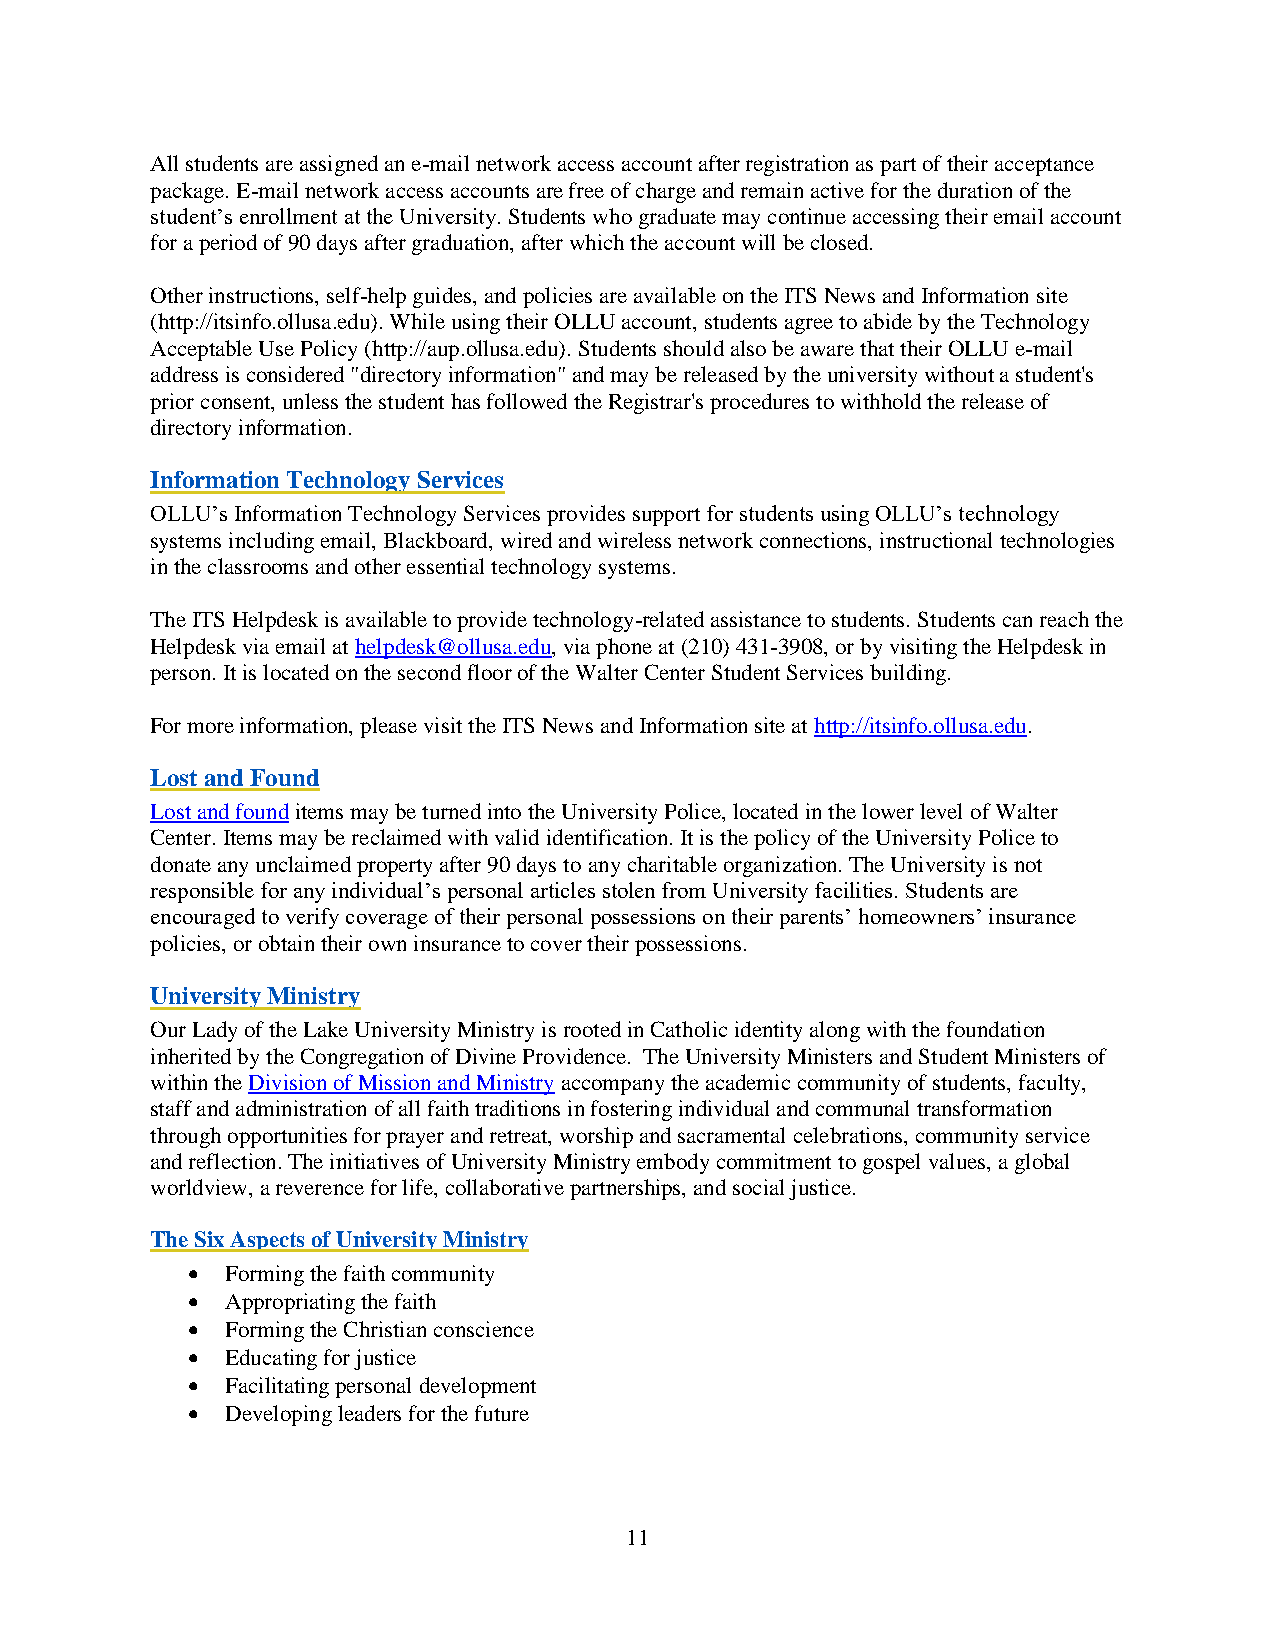
All students are assigned an e-mail network access account after registration as part of their acceptance
 package. E-mail network access accounts are free of charge and remain active for the duration of the
 student’s enrollment at the University. Students who graduate may continue accessing their email account
 for a period of 90 days after graduation, after which the account will be closed.
 Other instructions, self-help guides, and policies are available on the ITS News and Information site
 (http://itsinfo.ollusa.edu). While using their OLLU account, students agree to abide by the Technology
 Acceptable Use Policy (http://aup.ollusa.edu). Students should also be aware that their OLLU e-mail
 address is considered "directory information" and may be released by the university without a student's
 prior consent, unless the student has followed the Registrar's procedures to withhold the release of
 directory information.
 Information Technology Services
 OLLU’s Information Technology Services provides support for students using OLLU’s technology
 systems including email, Blackboard, wired and wireless network connections, instructional technologies
 in the classrooms and other essential technology systems.
 The ITS Helpdesk is available to provide technology-related assistance to students. Students can reach the
 Helpdesk via email at helpdesk@ollusa.edu, via phone at (210) 431-3908, or by visiting the Helpdesk in
 person. It is located on the second floor of the Walter Center Student Services building.
 For more information, please visit the ITS News and Information site at http://itsinfo.ollusa.edu.
 Lost and Found
 Lost and found items may be turned into the University Police, located in the lower level of Walter
 Center. Items may be reclaimed with valid identification. It is the policy of the University Police to
 donate any unclaimed property after 90 days to any charitable organization. The University is not
 responsible for any individual’s personal articles stolen from University facilities. Students are
 encouraged to verify coverage of their personal possessions on their parents’ homeowners’ insurance
 policies, or obtain their own insurance to cover their possessions.
 University Ministry
 Our Lady of the Lake University Ministry is rooted in Catholic identity along with the foundation
 inherited by the Congregation of Divine Providence. The University Ministers and Student Ministers of
 within the Division of Mission and Ministry accompany the academic community of students, faculty,
 staff and administration of all faith traditions in fostering individual and communal transformation
 through opportunities for prayer and retreat, worship and sacramental celebrations, community service
 and reflection. The initiatives of University Ministry embody commitment to gospel values, a global
 worldview, a reverence for life, collaborative partnerships, and social justice.
 The Six Aspects of University Ministry
 •  Forming the faith community
 •  Appropriating the faith
 •  Forming the Christian conscience
 •  Educating for justice
 •  Facilitating personal development
 •  Developing leaders for the future
 11